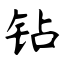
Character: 钻